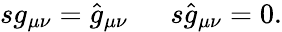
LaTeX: \begin{array}{ll}{{sg_{\mu\nu}=\hat{g}_{\mu\nu}~}}&{{~s\hat{g}_{\mu\nu}=0.}}\end{array}